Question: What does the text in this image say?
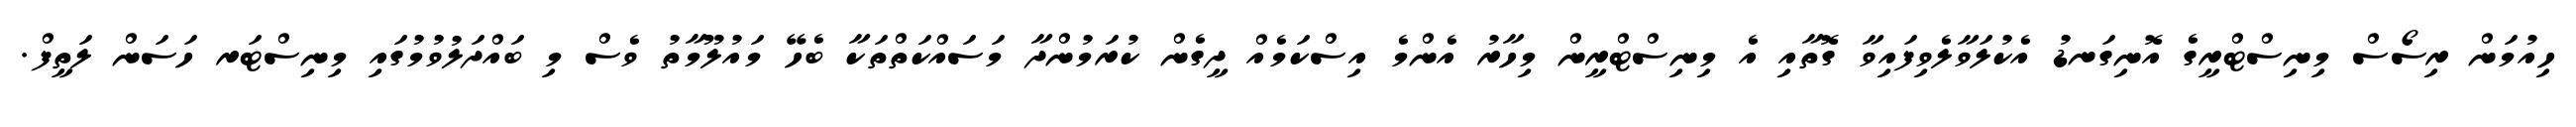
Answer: ހިއުމަން ރިސޯސް މިނިސްޓްރީގެ އޮނިގަނޑު އެކުލަވާލެވިފައިވާ ގޮތާއި އެ މިނިސްޓްރީން މިހާރު އެންމެ އިސްކަމެއް ދީގެން ކުރަމުންދާ މަސައްކަތްތަކާ ބެހޭ މައުލޫމާތު ވެސް މި ބައްދަލުވުމުގައި މިނިސްޓަރ ހަސަން ލަތީފް.